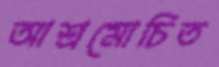
আশ্রমোচিত